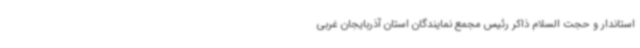
استاندار و حجت السلام ذاکر رئیس مجمع نمایندگان استان آذربایجان غربی